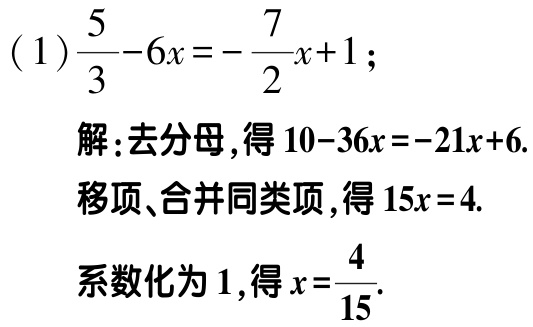
(1) \(\frac{5}{3}-6x = -\frac{7}{2}x + 1\);

解:去分母,得\(10 - 36x = -21x + 6\).

移项、合并同类项,得\(15x = 4\).

系数化为\(1\),得\(x=\frac{4}{15}\).